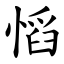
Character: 慆